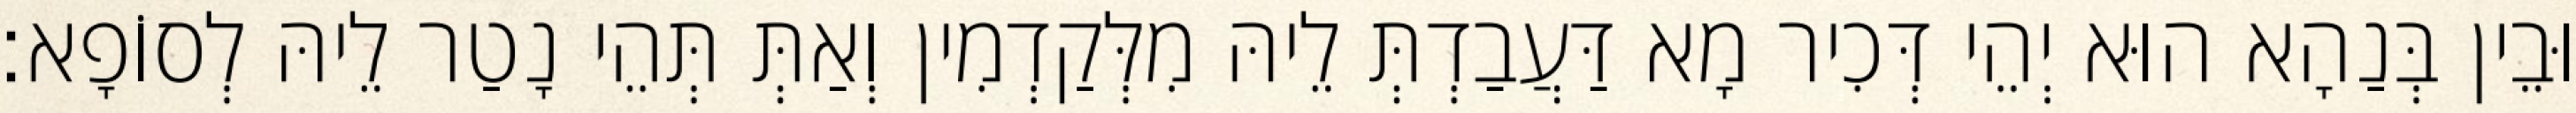
וּבֵין בְּנַהָא הוּא יְהֵי דְּכִיר מָא דַּעֲבַדְתְּ לֵיהּ מִלְּקַדְמִין וְאַתְּ תְּהֵי נָטַר לֵיהּ לְסוֹפָא׃